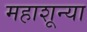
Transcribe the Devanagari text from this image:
महाशून्या